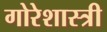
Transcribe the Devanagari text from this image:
गोरेशास्त्री